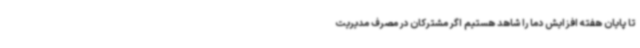
تا پایان هفته افزایش دما را شاهد هستیم اگر مشترکان در مصرف مدیریت